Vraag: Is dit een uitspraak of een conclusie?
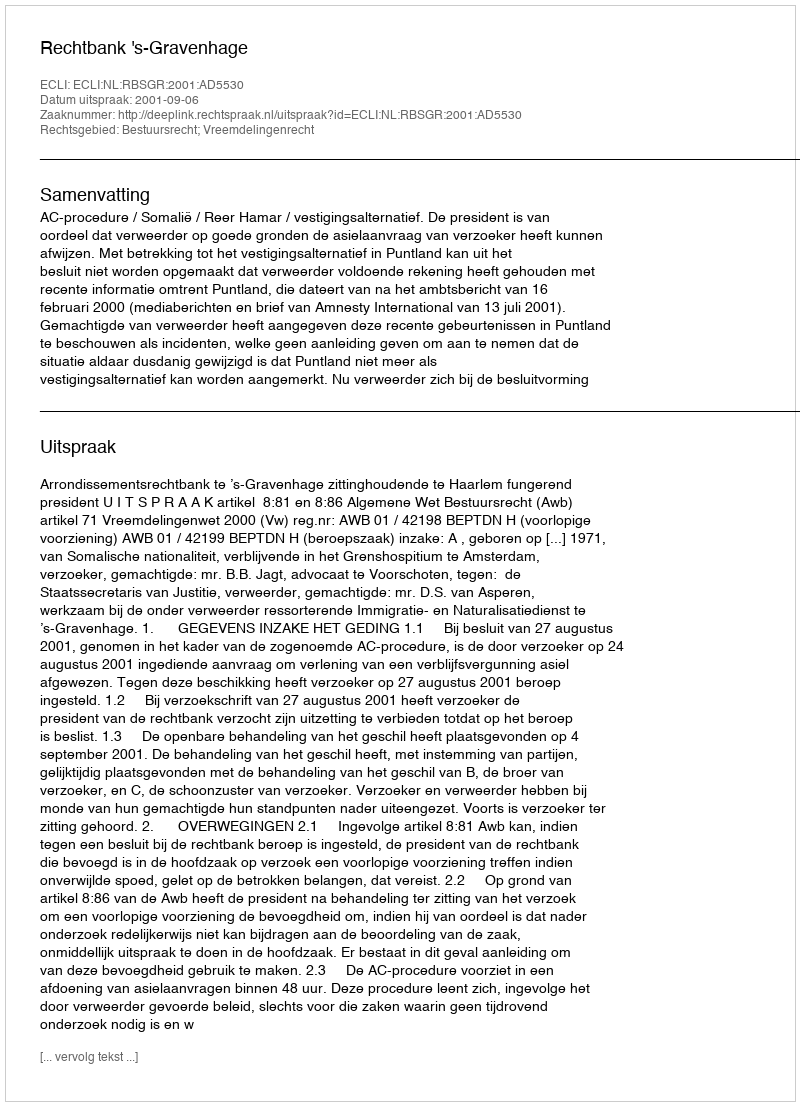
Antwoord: Uitspraak